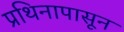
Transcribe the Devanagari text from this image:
प्रथिनापासून